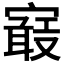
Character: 𡫉